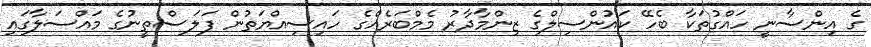
ގެ އިންސާނީ ހައްގުތަކާ ބެހޭ ކައުންސިލްގެ ޒިންމާދާރު މެމްބަރެއްގެ ހައިސިއްޔަތުން ފަލަސްތީނުގެ މައްސަލާގައި